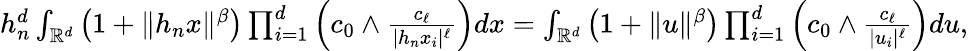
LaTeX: \begin{array}{r}{h_{n}^{d}\int_{\mathbb R^{d}}\left(1+\| h_{n}x\| ^{\beta}\right)\prod_{i=1}^{d}\left(c_{0}\wedge\frac{c_{\ell}}{|h_{n}x_{i}|^{\ell}}\right)dx=\int_{\mathbb R^{d}}\left(1+\| u\| ^{\beta}\right)\prod_{i=1}^{d}\left(c_{0}\wedge\frac{c_{\ell}}{|u_{i}|^{\ell}}\right)du,}\end{array}